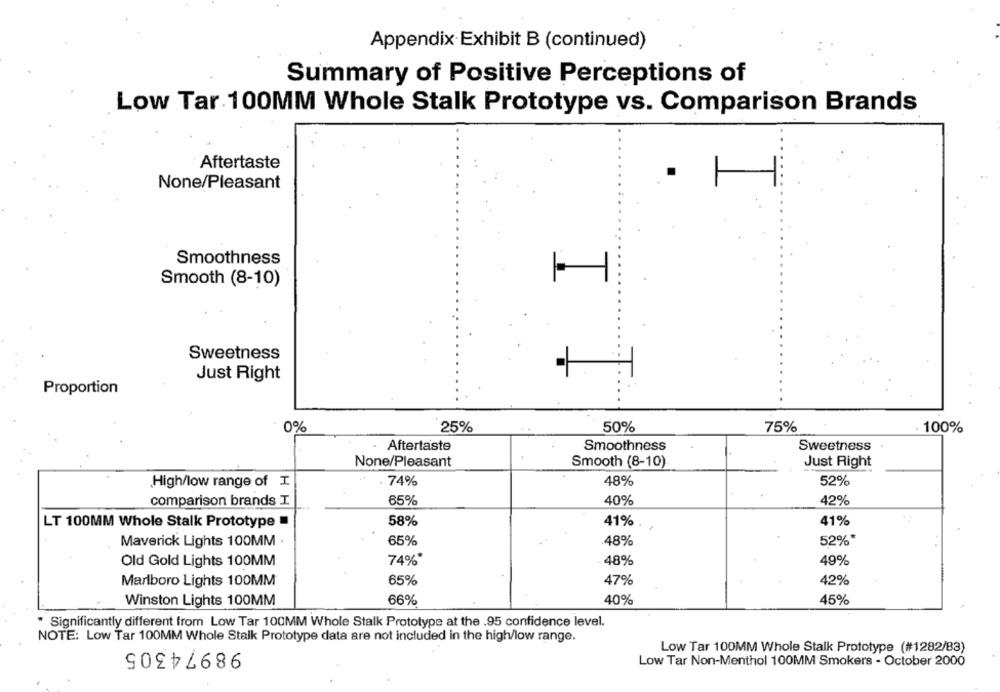
Appendix Exhibit B (continued)
Summary of Positive Perceptions of
Low Tar 100MM Whole Stalk Prototype vs. Comparison Brands
Aftertaste
None/Pleasant
Smoothness
Smooth (8-10)
Sweetness
Just Right
Proportion
0%
25%
50%
75%
100%
Aftertaste
Smoothness
Sweetness
None/Pleasant
Smooth (8-10)
Just Right
High/low range of I.
74%
48%
52%
comparison brands I.
65%
40%
42%
LT 100MM Whole Stalk Prototype
58%
41%
41%
52%*
Maverick Lights 100MM .
65%
48%
74%*
48%
49%
Old Gold Lights 100MM
65%
47%
42%
Marlboro Lights 100MM
Winston Lights 100MM
66%
40%
45%
* Significantly different from Low Tar 100MM Whole Stalk Prototype at the .95 confidence level.
NOTE: Low Tar 100MM Whole Stalk Prototype data are not included in the high/low range.
98974305
Low Tar 100MM Whole Stalk Prototype (#1282/83)
Low Tar Non-Menthol 100MM Smokers - October 2000